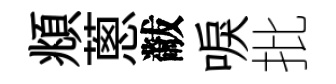
頫蔥黻唳批